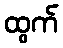
ထွက်